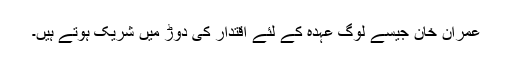
عمران خان جیسے لوگ عہدہ کے لئے اقتدار کی دوڑ میں شریک ہوتے ہیں۔